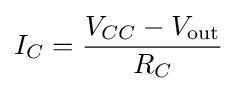
I_{C}={\frac {V_{CC}-V_{\text{out}}}{R_{C}}}